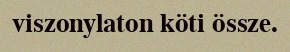
viszonylaton köti össze.